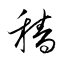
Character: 穡